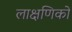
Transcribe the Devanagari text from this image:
लाक्षणिकों